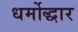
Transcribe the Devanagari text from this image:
धर्मोद्धार